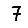
Digit: 7